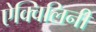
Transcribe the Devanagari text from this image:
ऐक्विलिनी